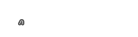
٤